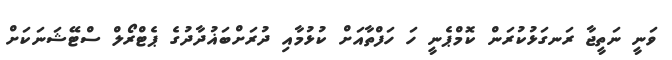
ވަނީ ނަތީޖާ ރަނގަޅުކުރަން ކޮމްޕެނީ ހަ ހަފްތާއަށް ކުޅުމާއި ދުރަށްބަޣުދާދުގެ ޕެޓްރޯލް ސްޓޭޝަނަކަށް